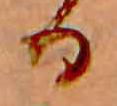
る